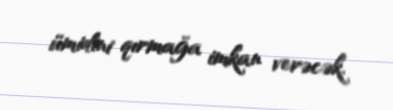
ümidini qırmağa imkan verəcək.